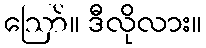
ဪ။ ဒီလိုလား။